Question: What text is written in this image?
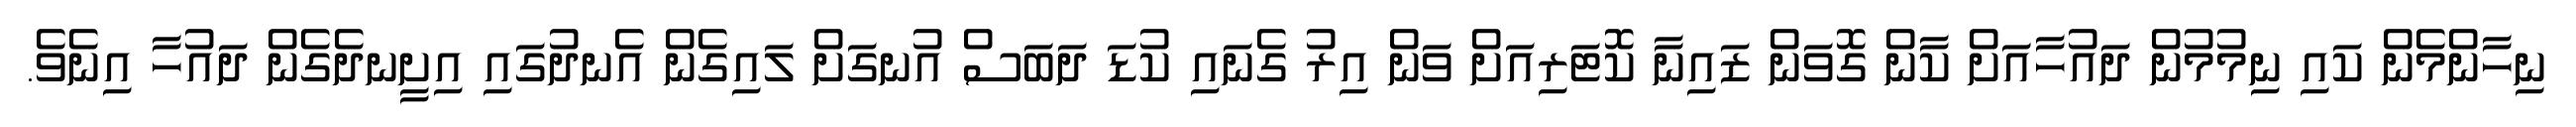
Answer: ނިހާންމެން ކައި ނިމުމުން ދައުހާއަށް ކާން ގޮވަން ޒައިނާ ކޮޓަރިއަށް ވަން އިރު ގެނައި ކުޑަ ދަބަސް އުނގަށް ލައިގެން އެނދުގައި އިށީނދެގެން ދައުހާ އިނެވެ.